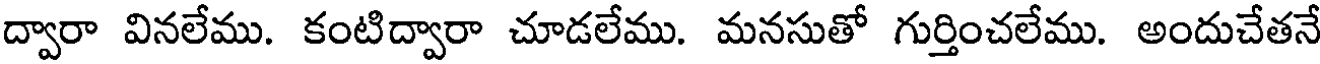
ద్వారా వినలేము. కంటిద్వారా చూడలేము. మనసుతో గుర్తించలేము. అందుచేతనే